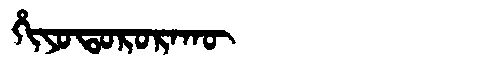
Manchu: ᡥᡳᠶᠣᡨᠣᡵᠣᡵᠠᡴᡡ
Romanization: HIYOTORORAKŪ